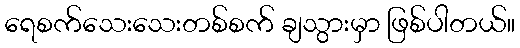
ရေစက်သေးသေးတစ်စက် ချသွားမှာ ဖြစ်ပါတယ်။